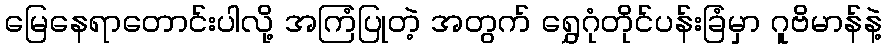
မြေနေရာတောင်းပါလို့ အကြံပြုတဲ့ အတွက် ရွှေဂုံတိုင်ပန်းခြံမှာ ဂူဗိမာန်နဲ့